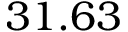
3 1 . 6 3